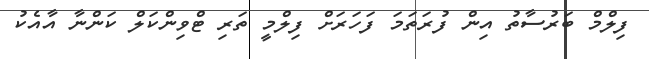
ފިލްމް ބަރުސާތު އިން ފުރަތަމަ ފަހަރަށް ފިލްމީ ތަރި ޓްވިންކަލް ކަންނާ އާއެކު